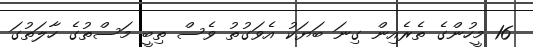
16 މީހުންގެ ތެރެއިން ގިނަ ބަޔަކު އެވަގުތު ވެސް ތިބީ މަސްތުގެ ހާލަތުގަ